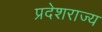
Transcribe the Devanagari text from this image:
प्रदेशराज्य